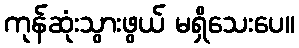
ကုန်ဆုံးသွားဖွယ် မရှိသေးပေ။